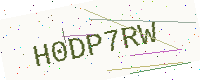
Text: H0DP7RW